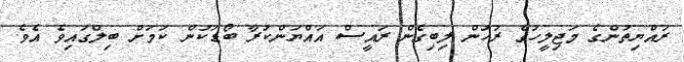
ރައްޔިތުންގެ މަޖިލީހުގެ ރުހުން ލިބިގެން ރައީސް އައްޔަންކުރާ ބޯޑަކުން ކަމަށް ބިލްގައިވެ އެވެ.